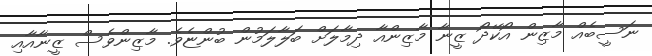
ނަސީބެއް މާޒިން އޯކޭދޯ ޒީނާ މާޒިންއާ ދިމާލަށް ބަލާލަމުން ބުންޏެވެ. މާޒިންވެސް ޒީނާއާއި